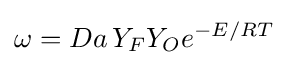
\omega =Da\,Y_{F}Y_{O}e^{-E/RT}